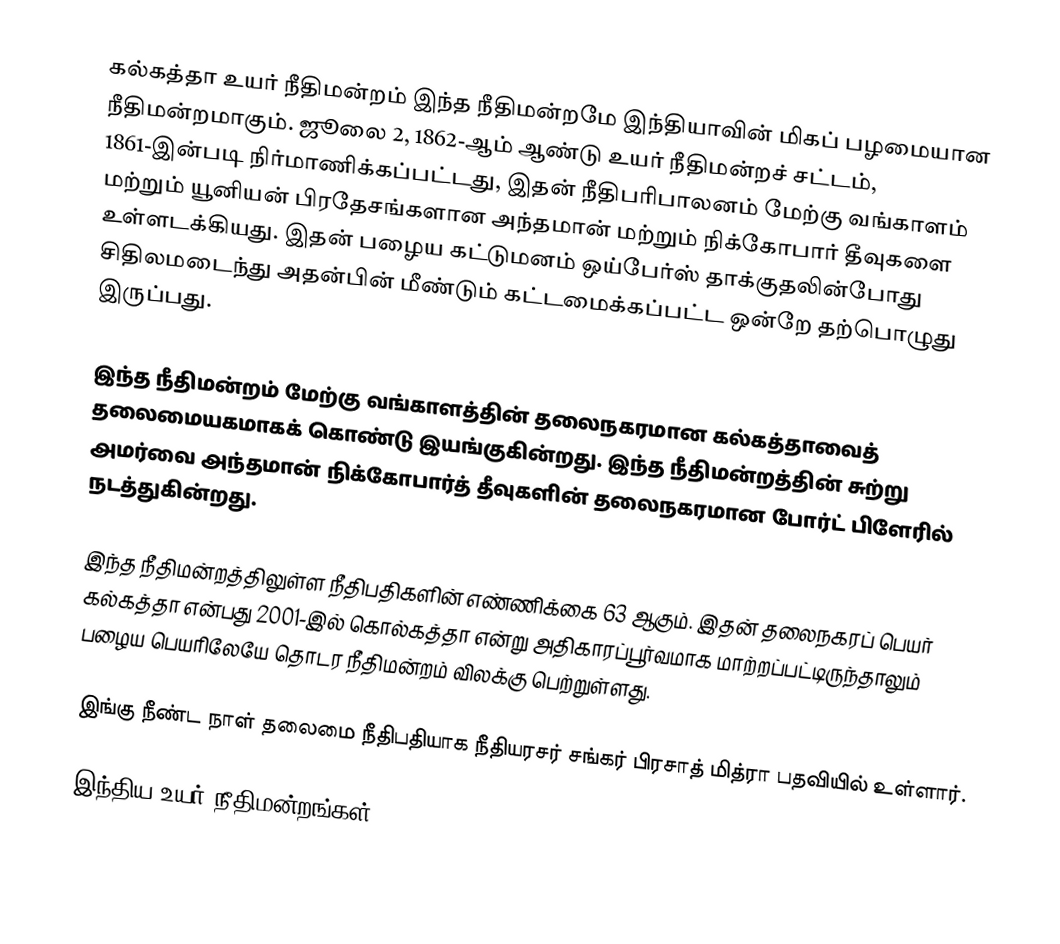
கல்கத்தா உயர் நீதிமன்றம்  இந்த நீதிமன்றமே இந்தியாவின் மிகப் பழமையான நீதிமன்றமாகும். ஜூலை 2, 1862-ஆம் ஆண்டு உயர் நீதிமன்றச் சட்டம், 1861-இன்படி நிர்மாணிக்கப்பட்டது, இதன் நீதிபரிபாலனம் மேற்கு வங்காளம் மற்றும் யூனியன் பிரதேசங்களான அந்தமான் மற்றும் நிக்கோபார் தீவுகளை உள்ளடக்கியது. இதன் பழைய கட்டுமனம் ஒய்பேர்ஸ் தாக்குதலின்போது சிதிலமடைந்து அதன்பின் மீண்டும் கட்டமைக்கப்பட்ட ஒன்றே தற்பொழுது இருப்பது.

இந்த நீதிமன்றம் மேற்கு வங்காளத்தின் தலைநகரமான கல்கத்தாவைத் தலைமையகமாகக் கொண்டு இயங்குகின்றது. இந்த நீதிமன்றத்தின் சுற்று அமர்வை அந்தமான் நிக்கோபார்த் தீவுகளின் தலைநகரமான போர்ட் பிளேரில் நடத்துகின்றது.

இந்த நீதிமன்றத்திலுள்ள நீதிபதிகளின் எண்ணிக்கை 63 ஆகும். இதன் தலைநகரப் பெயர் கல்கத்தா என்பது 2001-இல் கொல்கத்தா என்று அதிகாரப்பூர்வமாக மாற்றப்பட்டிருந்தாலும் பழைய பெயரிலேயே தொடர நீதிமன்றம் விலக்கு பெற்றுள்ளது.

இங்கு நீண்ட நாள் தலைமை நீதிபதியாக நீதியரசர் சங்கர் பிரசாத் மித்ரா பதவியில் உள்ளார்.

இந்திய உயர் நீதிமன்றங்கள்